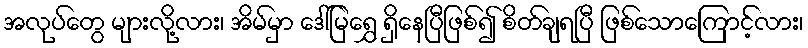
အလုပ်တွေ များလို့လား၊ အိမ်မှာ ဒေါ်မြရွှေ ရှိနေပြီဖြစ်၍ စိတ်ချရပြီ ဖြစ်သောကြောင့်လား၊